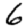
Digit: 6